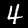
Label: 4